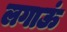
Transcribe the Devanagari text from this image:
लगाऊं